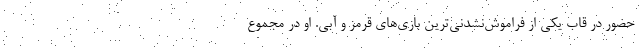
حضور در قاب یکی از فراموش‌نشدنی‌ترین بازی‌های قرمز و آبی. او در مجموع